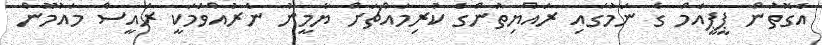
އެގޮތުން ޕީޕީއެމް ގެ ނަމުގައި ރައްޔިތުންގެ ކުރިމައްޗަށް ޔާމީނު ނެރުއްވުމަކީ ރައީސް މައުމޫން